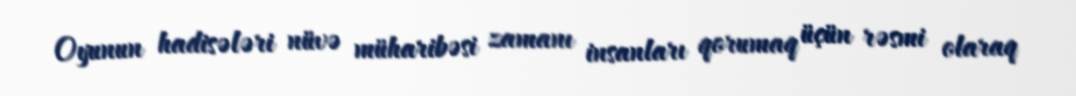
Oyunun hadisələri nüvə müharibəsi zamanı insanları qorumaq üçün rəsmi olaraq